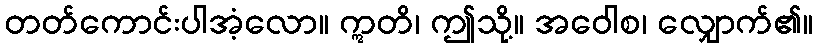
တတ်ကောင်းပါအံ့လော။ ဣတိ၊ ဤသို့။ အဝေါစ၊ လျှောက်၏။